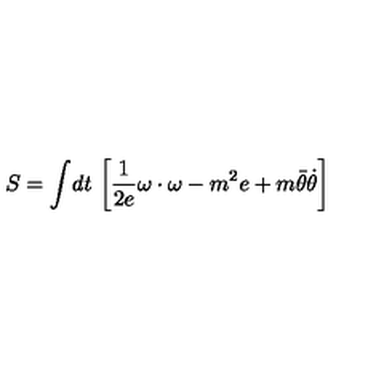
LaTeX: S = \int \! d t \ \biggl [ { \frac { 1 } { 2 e } } \omega \cdot \omega - m ^ { 2 } e + m \bar { \theta } { \dot { \theta } } \biggr ]